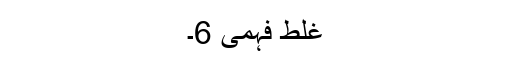
غلط فہمی 6۔